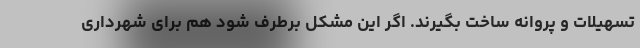
تسهیلات و پروانه ساخت بگیرند. اگر این مشکل برطرف شود هم برای شهرداری